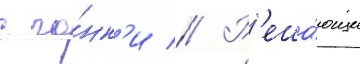
с го́нк'и // Р'еша́ющие